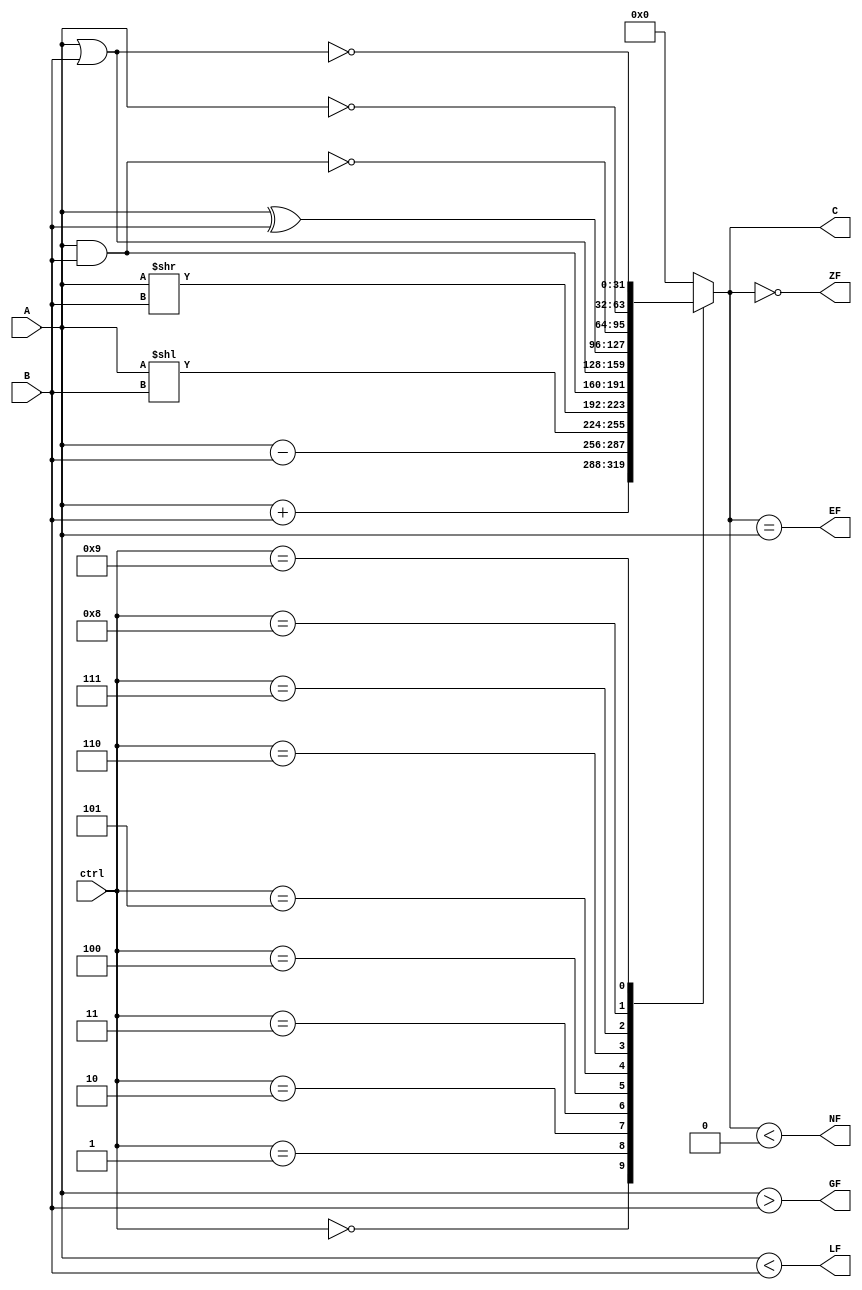
//ctrl refers to the instruction parameter it refers, based in the 3 line signals from the bit alu logic
//A and B are inputs while Res is the output with numerous status flags
module ALU(
    input wire [3:0] ctrl,
    input wire signed [31:0] A, B,
    output reg [31:0] C,
    output reg ZF, NF, EF, GF, LF
);

// Parameter definitions for operations
parameter [3:0]
    Add = 4'd0,
    Sub = 4'd1,
    SL = 4'd2,
    SR = 4'd3,
    AND = 4'd4,
    OR = 4'd5,
    XOR = 4'd6,
    NAND = 4'd7,
    NOT = 4'd8,
    NOR = 4'd9;

always @ (ctrl or A or B) begin
    case(ctrl)
        Add: begin
            C = A + B;
        end
        Sub: begin
            C = A - B;
        end
        SL: begin
            C = A << B;
        end
        SR: begin
            C = A >> B;
        end
        AND: begin
            C = A & B;
        end
        OR: begin
            C = A | B;
        end
        XOR: begin
            C = A ^ B;
        end
        NAND: begin
            C = ~(A & B);
        end
        NOT: begin
            C = ~A;
        end
        NOR: begin
            C = ~(A | B);
        end
        default: begin
            C = 0;
        end
    endcase

    // Flag generation logic
    ZF = (C == 0);
    NF = (C < 0);
    EF = (C == A);
    GF = (A > B);
    LF = (A < B);
end

endmodule